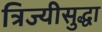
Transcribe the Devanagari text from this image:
त्रिज्यीसुद्धा